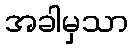
အခါမှသာ